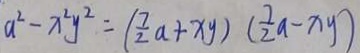
a ^ { 2 } - x ^ { 2 } y ^ { 2 } = ( \frac { 7 } { 2 } a + x y ) ( \frac { 7 } { 2 } a - x y )